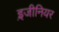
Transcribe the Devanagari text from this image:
इ़जीनियर